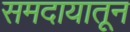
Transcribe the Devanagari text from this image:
समदायातून